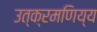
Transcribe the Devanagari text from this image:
उत्क्रमणिय्य